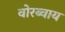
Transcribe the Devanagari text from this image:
वोरब्वाय